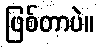
ဖြစ်တာပဲ။